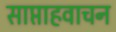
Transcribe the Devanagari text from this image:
साप्ताहवाचन